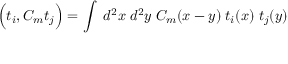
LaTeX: \Big ( t _ { i } , C _ { m } t _ { j } \Big ) = \int \; d ^ { 2 } x \; d ^ { 2 } y \; C _ { m } ( x - y ) \; t _ { i } ( x ) \; t _ { j } ( y )